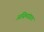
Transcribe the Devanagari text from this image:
अग्निमांद्यात